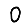
Digit: 0